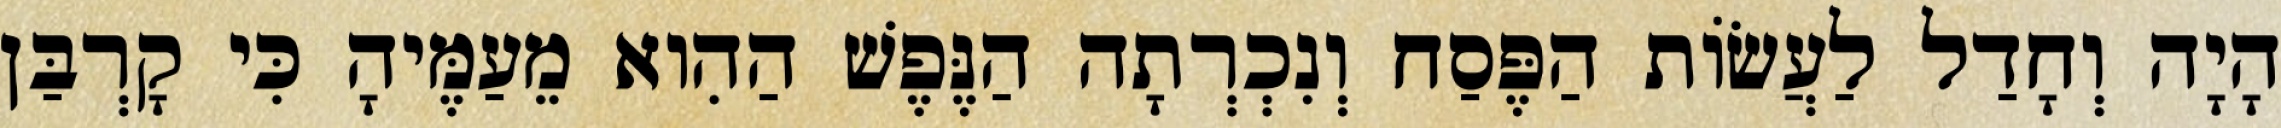
הָיָה וְחָדַל לַעֲשׂוֹת הַפֶּסַח וְנִכְרְתָה הַנֶּפֶשׁ הַהִוא מֵעַמֶּיהָ כִּי קָרְבַּן